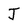
Character: J